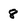
Character: 8